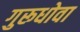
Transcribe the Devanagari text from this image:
गुरूधोवा